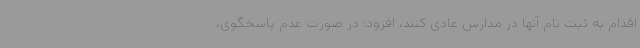
اقدام به ثبت نام آنها در مدارس عادی کنند، افزود: در صورت عدم پاسخگوی،